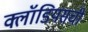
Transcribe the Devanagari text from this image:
क्लॉडियसची